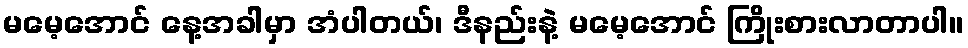
မမေ့အောင် နေ့အခါမှာ အံပါတယ်၊ ဒီနည်းနဲ့ မမေ့အောင် ကြိုးစားလာတာပါ။